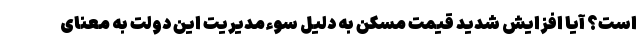
است؟ آیا افزایش شدید قیمت مسکن به دلیل سوءمدیریت این دولت به معنای